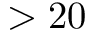
> 2 0